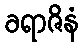
ခရာဇိနံ